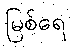
မြစ်ရေ